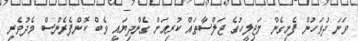
ވަނަ ދުވަހުން ފެށިގެން މަޖިލީހުގެ ޖަލްސާތައް ކުރިއަށް ގެންދިޔައީ ވެބް ކޮންފެރެންސް މެދުވެރި